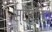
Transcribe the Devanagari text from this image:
स्टेरिलिटी